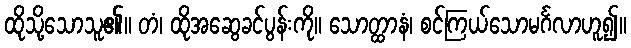
ထိုသို့သောသူ၏။ တံ၊ ထိုအဆွေခင်ပွန်းကို။ သောတ္ထာနံ၊ စင်ကြယ်သောမင်္ဂလာဟူ၍။